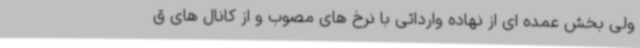
ولی بخش عمده ای از نهاده وارداتی با نرخ های مصوب و از کانال های ق